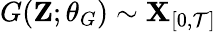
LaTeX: G(\mathbf{Z};\theta_{G})\sim\mathbf{X}_{[0,\mathcal{T}]}